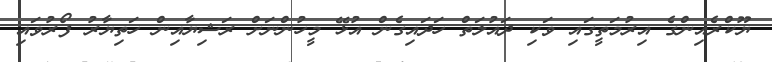
ޔޫކްރެއިންގެ އިރުމަތީގައި ވަކި ދައުލަތް ހަދައިގެން އުޅޭ މީހުންނަށް ރަޝިޔާއިން ހަތިޔާރު ފޯރުވައި